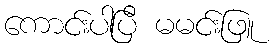
ကောင်းပါပြီ မမင်းဖြူ